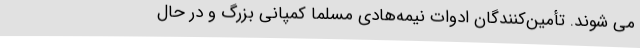
می شوند. تأمین‌کنندگان ادوات نیمه‌هادی مسلماً کمپانی بزرگ و در حال